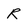
Character: R